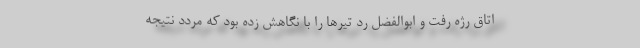
اتاق رژه رفت و ابوالفضل ردّ تیرها را با نگاهش زده بود که مردّد نتیجه